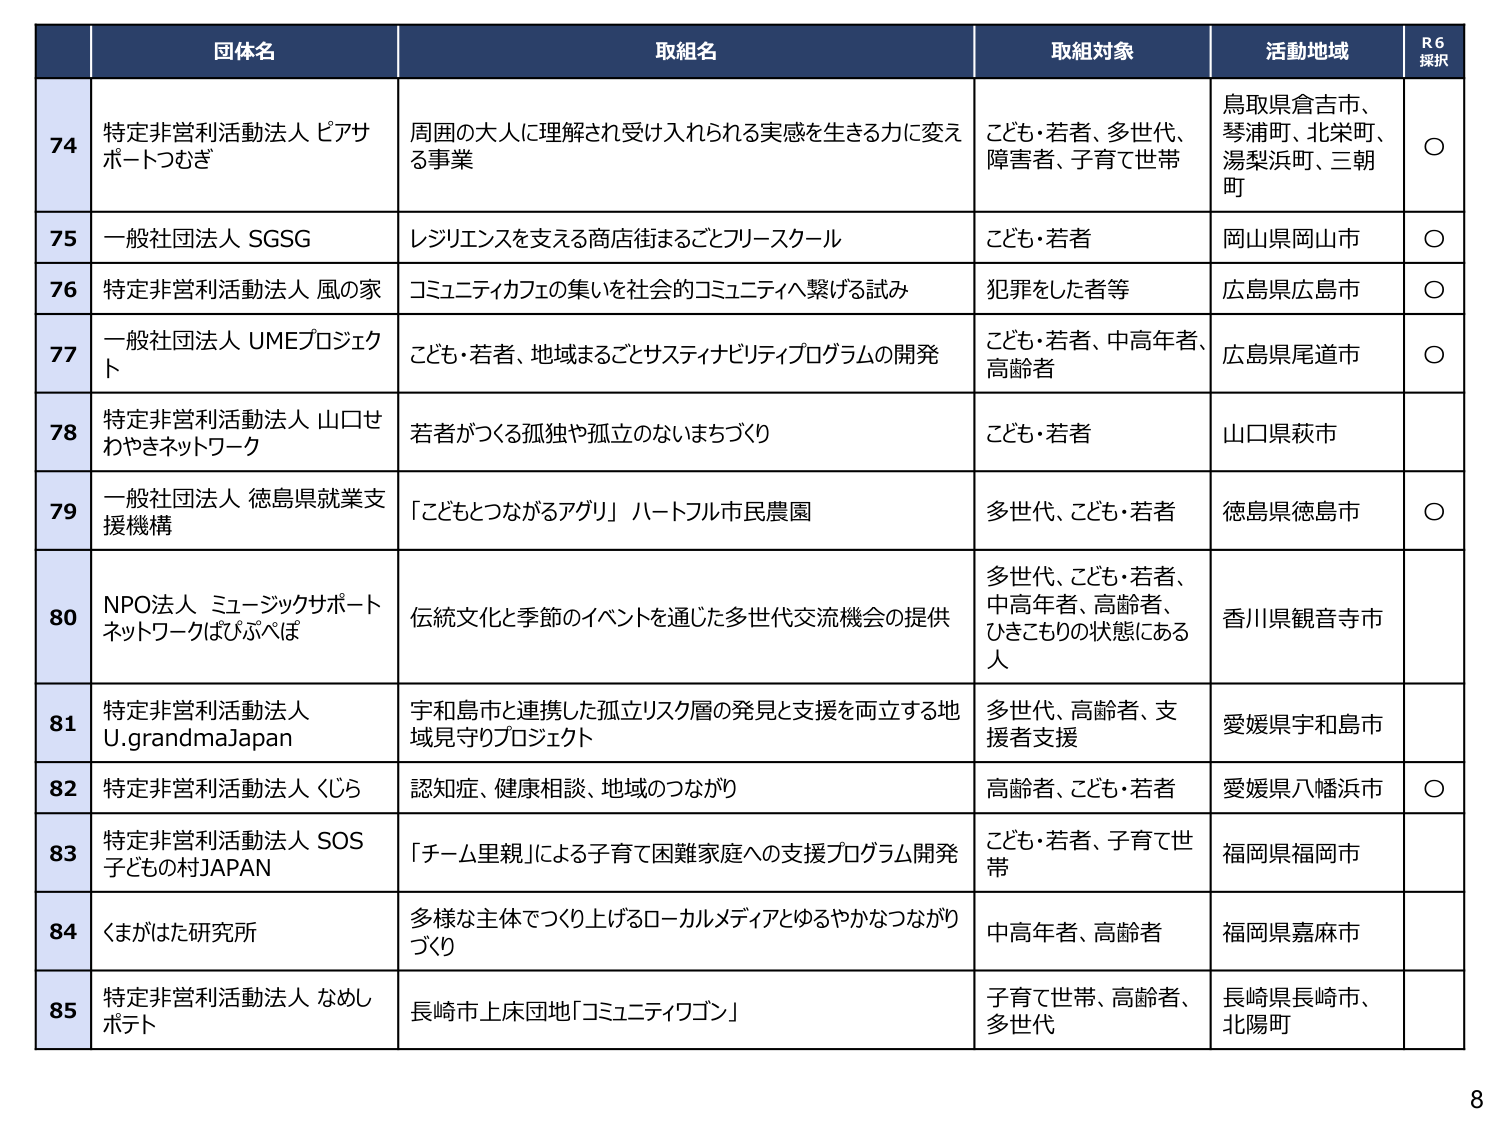
団体名
取組名
取組対象
活動地域
R6 採択

74
特定非営利活動法人 ピアサポートつむぎ
周囲の大人に理解され受け入れられる実感を生きる力に変える事業
こども・若者、多世代、障害者、子育て世帯
鳥取県倉吉市、琴浦町、北栄町、湯梨浜町、三朝町
○

75
一般社団法人 SGSG
レジリエンスを支える商店街まるごとフリースクール
こども・若者
岡山県岡山市
○

76
特定非営利活動法人 風の家
コミュニティカフェの集いを社会的コミュニティへ繋げる試み
犯罪をした者等
広島県広島市
○

77
一般社団法人 UMEプロジェクト
こども・若者、地域まるごとサスティナビリティプログラムの開発
こども・若者、中高年者、高齢者
広島県尾道市
○

78
特定非営利活動法人 山口せわやきネットワーク
若者がつくる孤独や孤立のないまちづくり
こども・若者
山口県萩市

79
一般社団法人 徳島県就業支援機構
「こどもとつながるアグリ」ハートフル市民農園
多世代、こども・若者
徳島県徳島市
○

80
NPO法人 ミュージックサポートネットワークぱぴぺぱ
伝統文化と季節のイベントを通じた多世代交流機会の提供
多世代、こども・若者、中高年者、高齢者、ひきこもりの状態にある人
香川県観音寺市

81
特定非営利活動法人 U.grandmaJapan
宇和島市と連携した孤立リスク層の発見と支援を両立する地域見守りプロジェクト
多世代、高齢者、支援者支援
愛媛県宇和島市

82
特定非営利活動法人 くら
認知症、健康相談、地域のつながり
高齢者、こども・若者
愛媛県八幡浜市
○

83
特定非営利活動法人 SOS子どもの村JAPAN
「チーム里親」による子育て困難家庭への支援プログラム開発
こども・若者、子育て世帯
福岡県福岡市

84
くまがた研究所
多様な主体でつくり上げるローカルメディアとゆるやかなつながりづくり
中高年者、高齢者
福岡県嘉麻市

85
特定非営利活動法人 なめしボト
長崎市上床団地「コミュニティワゴン」
子育て世帯、高齢者、多世代
長崎県長崎市、北陽町

8